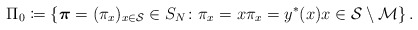
\begin{align*} \Pi_0\coloneqq \left\{\boldsymbol{\pi}=(\pi_x)_{x\in\mathcal{S}}\in S_{N}\colon \pi_x=x\pi_x=y^*(x)x\in\mathcal{S}\setminus\mathcal{M}\right\}.\end{align*}